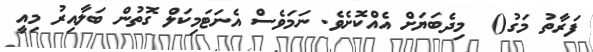
ފަރާތު މަގު()  މިދެބަޔަށް އެއްކޮށެވެ. ނަމަވެސް އެނަޓަމިކަލް ގޮތުން ބަލާއިރު މިއީ